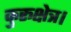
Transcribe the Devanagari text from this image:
कुरूक्षेत्र।